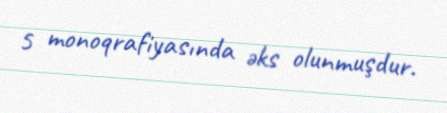
5 monoqrafiyasında əks olunmuşdur.